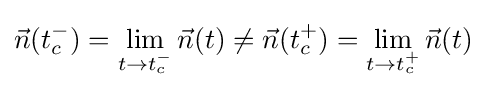
{\vec {n}}(t_{c}^{-})=\lim _{t\to t_{c}^{-}}{\vec {n}}(t)\neq {\vec {n}}(t_{c}^{+})=\lim _{t\to t_{c}^{+}}{\vec {n}}(t)